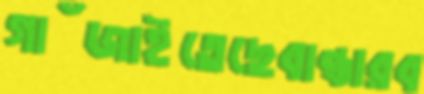
গাঁজাইতেছেবান্ধারব